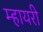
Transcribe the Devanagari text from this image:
म्हायरी